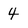
Character: 4